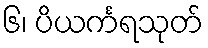
၆၊ ပိယင်္ကရသုတ်